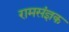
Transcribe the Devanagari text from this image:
रामसंज्ञक